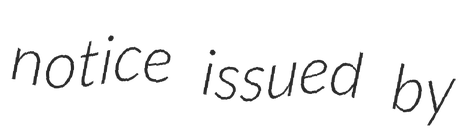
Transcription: notice issued by